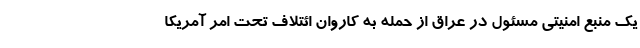
یک منبع امنیتی مسئول در عراق از حمله به کاروان ائتلاف تحت امر آمریکا